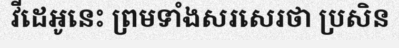
វីដេអូនេះ ព្រមទាំងសរសេរថា ប្រសិន